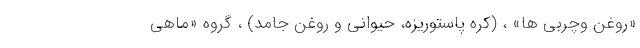
«روغن وچربی ها» ، (کره پاستوریزه، حیوانی و روغن جامد) ، گروه «ماهی